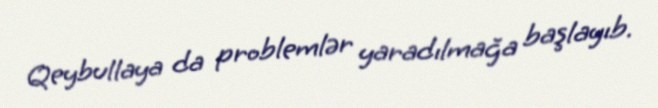
Qeybullaya da problemlər yaradılmağa başlayıb.